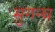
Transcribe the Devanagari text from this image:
सुगन्घ